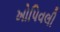
ખોપિવલી